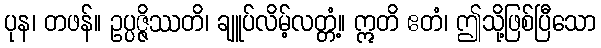
ပုန၊ တဖန်။ ဥပ္ပဇ္ဇိဿတိ၊ ချူပ်လိမ့်လတ္တံ့။ ဣတိ ဧတံ၊ ဤသို့ဖြစ်ပြီသော